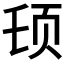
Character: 𱂠